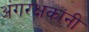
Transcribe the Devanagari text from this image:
अंगरक्षकांनी